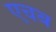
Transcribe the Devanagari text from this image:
एचब